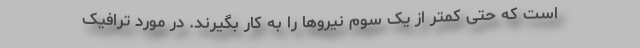
است که حتی کمتر از یک سوم نیروها را به کار بگیرند. در مورد ترافیک